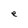
Character: e